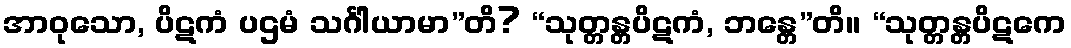
အာဝုသော, ပိဋကံ ပဌမံ သင်္ဂါယာမာ”တိ? “သုတ္တန္တပိဋကံ, ဘန္တေ”တိ။ “သုတ္တန္တပိဋကေ